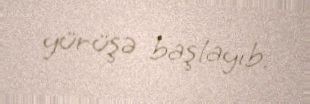
yürüşə başlayıb.